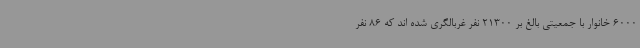
6000 خانوار با جمعیتی بالغ بر 21300 نفر غربالگری شده اند که 86 نفر